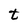
Character: t